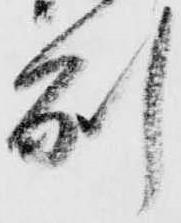
州